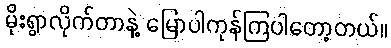
မိုးရွာလိုက်တာနဲ့ မြောပါကုန်ကြပါတော့တယ်။